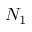
N _ { 1 }